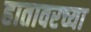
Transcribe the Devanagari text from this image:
हातावरच्या